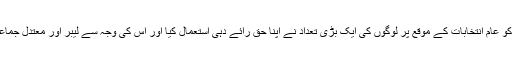
اسرائیل میں منگل کو عام انتخابات کے موقع پر لوگوں کی ایک بڑی تعداد نے اپنا حق رائے دہی استعمال کیا اور اس کی وجہ سے لیبر اور معتدل جماعتوں کو فائدہ پہنچا۔